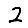
Digit: 2